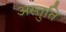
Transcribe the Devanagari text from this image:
अस्तुति